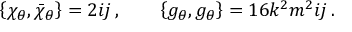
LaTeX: \left\{ \chi _ { \theta } , \bar { \chi } _ { \theta } \right\} = 2 i j \, , \qquad \left\{ g _ { \theta } , g _ { \theta } \right\} = 1 6 k ^ { 2 } m ^ { 2 } i j \, .